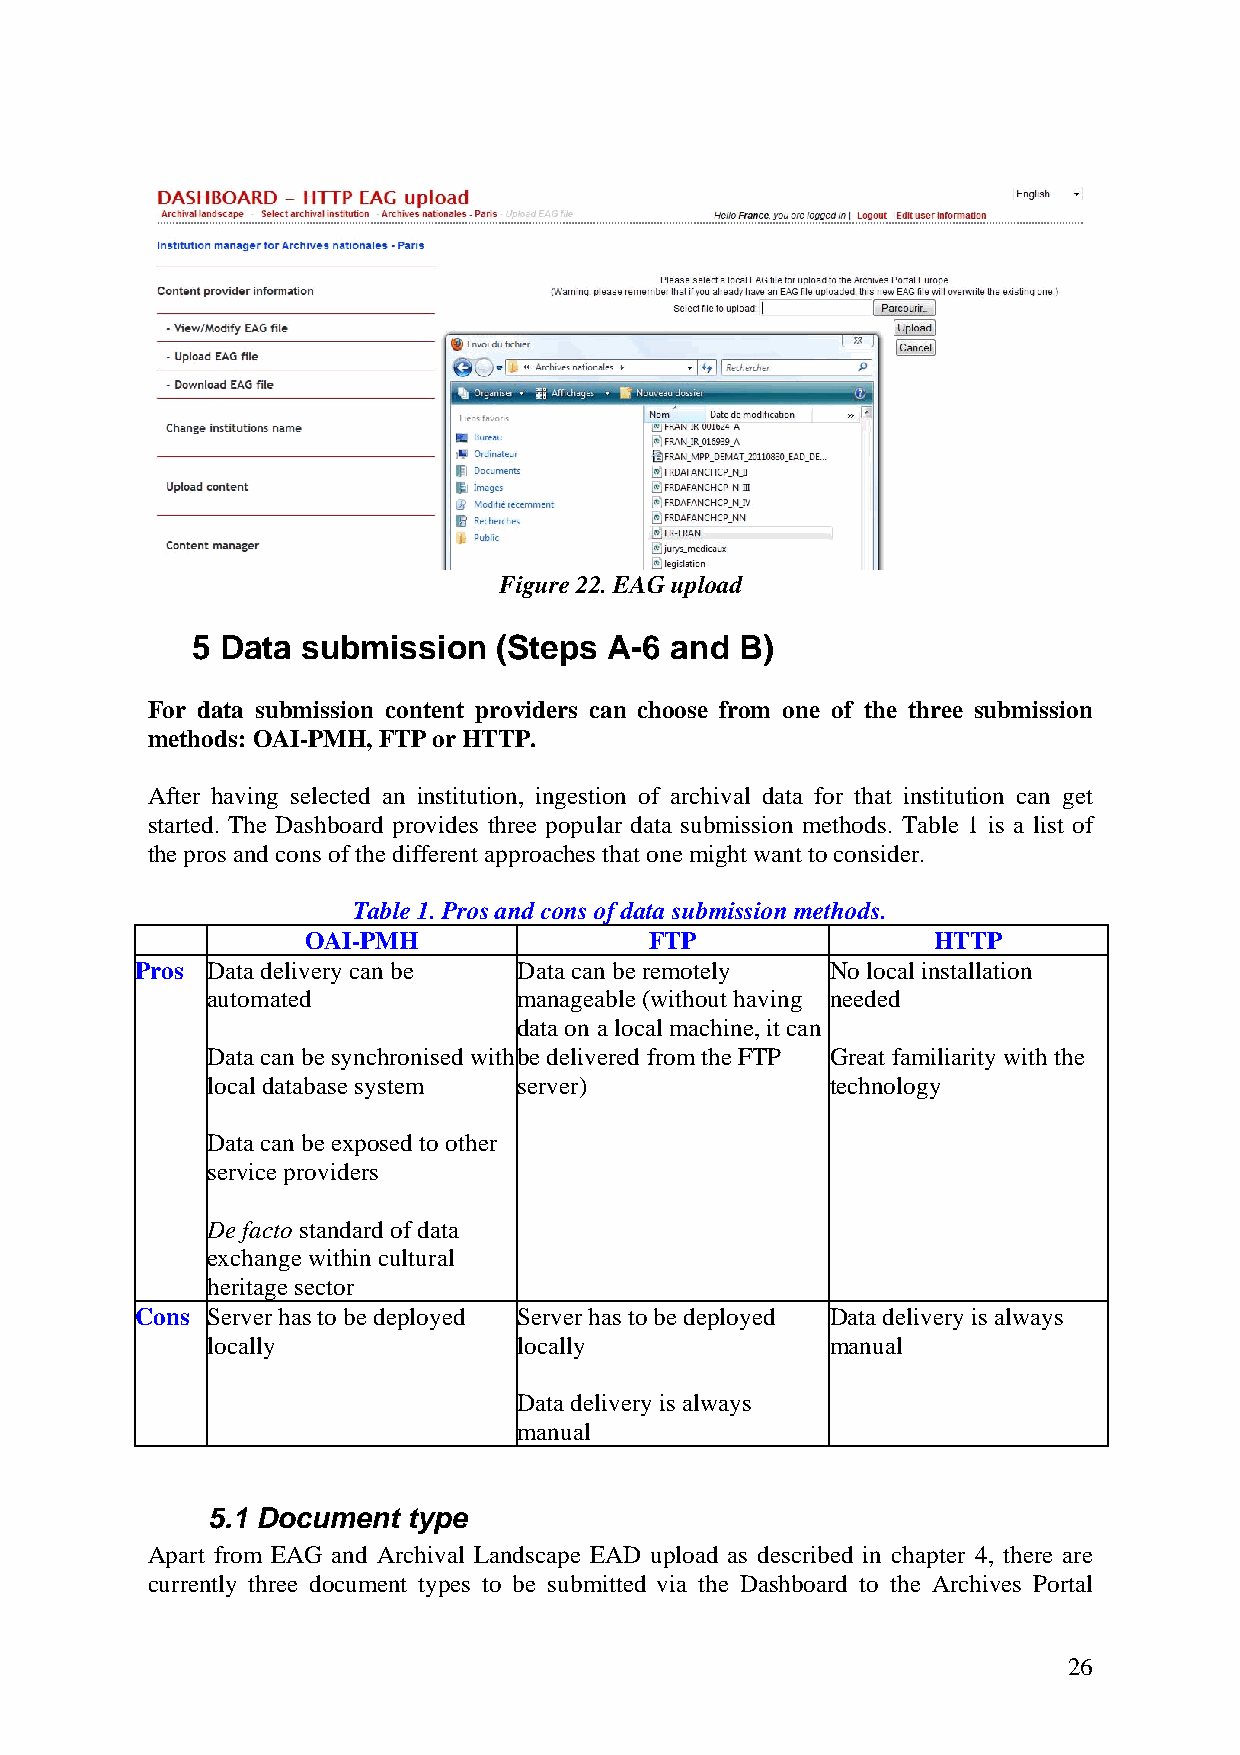
Figure 22. EAG upload
 5 Data submission   (Steps A-6 and  B)
 For data submission content providers can choose from one of the three submission
 methods: OAI-PMH, FTP or HTTP.
 After having selected an institution, ingestion of archival data for that institution can get
 started. The Dashboard provides three popular data submission methods. Table 1 is a list of
 the pros and cons of the different approaches that one might want to consider.
 Table 1. Pros and cons of data submission methods.
 OAI-PMH                FTP                HTTP
 Pros Data delivery can be Data can be remotely No local installation
 automated           manageable (without having needed
 data on a local machine, it can
 Data can be synchronised withbe delivered from the FTP Great familiarity with the
 local database system server)            technology
 Data can be exposed to other
 service providers
 De facto standard of data
 exchange within cultural
 heritage sector
 Cons Server has to be deployed Server has to be deployed Data delivery is always
 locally             locally              manual
 Data delivery is always
 manual
 5.1 Document type
 Apart from EAG and Archival Landscape EAD upload as described in chapter 4, there are
 currently three document types to be submitted via the Dashboard to the Archives Portal
 26